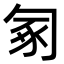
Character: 𠣥